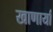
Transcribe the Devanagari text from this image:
खाणार्या